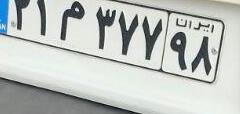
۲۱م۳۷۷۹۸